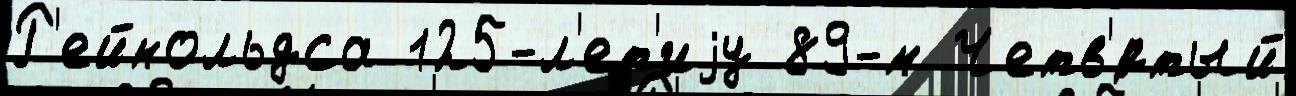
Р'ейнольдса 125-л'ет'иjу 89-м Четв'́ртый